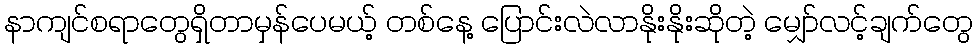
နာကျင်စရာတွေရှိတာမှန်ပေမယ့် တစ်နေ့ ပြောင်းလဲလာနိုးနိုးဆိုတဲ့ မျှော်လင့်ချက်တွေ